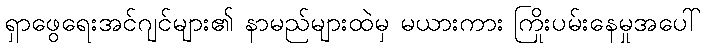
ရှာဖွေရေးအင်ဂျင်များ၏ နာမည်များထဲမှ မယားကား ကြိုးပမ်းနေမှုအပေါ်